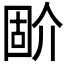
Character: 𡈅